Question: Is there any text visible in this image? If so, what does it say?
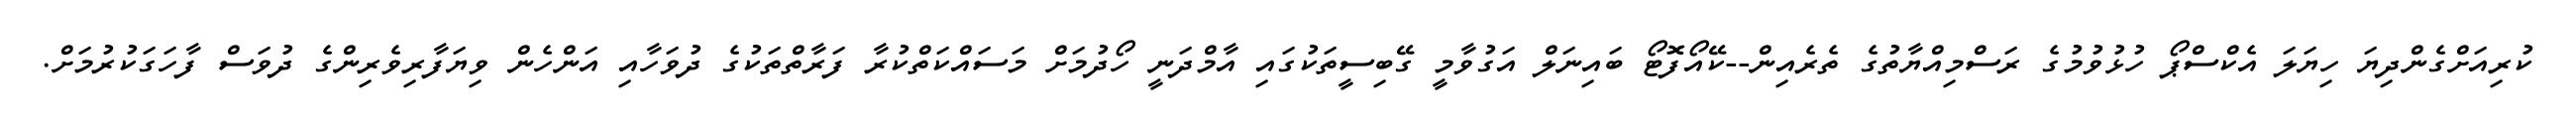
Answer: ކުރިއަށްގެންދިޔަ ހިޔަލަ އެކްސްޕޯ ހުޅުވުމުގެ ރަސްމިއްޔާތުގެ ތެރެއިން--ކޭއޯފޮޓޯ ބައިނަލް އަގުވާމީ ގޭބިސީތަކުގައި އާމްދަނީ ހޯދުމަށް މަސައްކަތްކުރާ ފަރާތްތަކުގެ ދުވަހާއި އަންހެން ވިޔަފާރިވެރިންގެ ދުވަސް ފާހަގަކުރުމަށް.